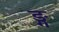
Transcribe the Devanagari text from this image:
ङ्ग